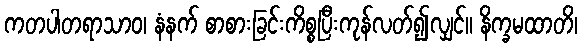
ကတပါတရာသာဝ၊ နံနက် စာစားခြင်းကိစ္စပြီးကုန်လတ်၍လျှင်။ နိက္ခမထာတိ၊